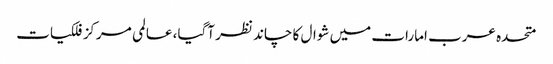
متحدہ عرب امارات میں شوال کا چاند نظر آگیا، ‌عالمی مرکز فلکیات